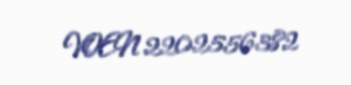
VOEN 2202556382